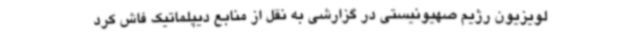
لویزیون رژیم صهیونیستی در گزارشی به نقل از منابع دیپلماتیک فاش کرد